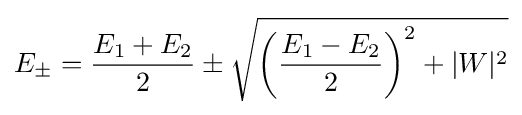
E_{\pm }={\frac {E_{1}+E_{2}}{2}}\pm {\sqrt {{\bigg (}{\frac {E_{1}-E_{2}}{2}}{\bigg )}^{2}+|W|^{2}}}